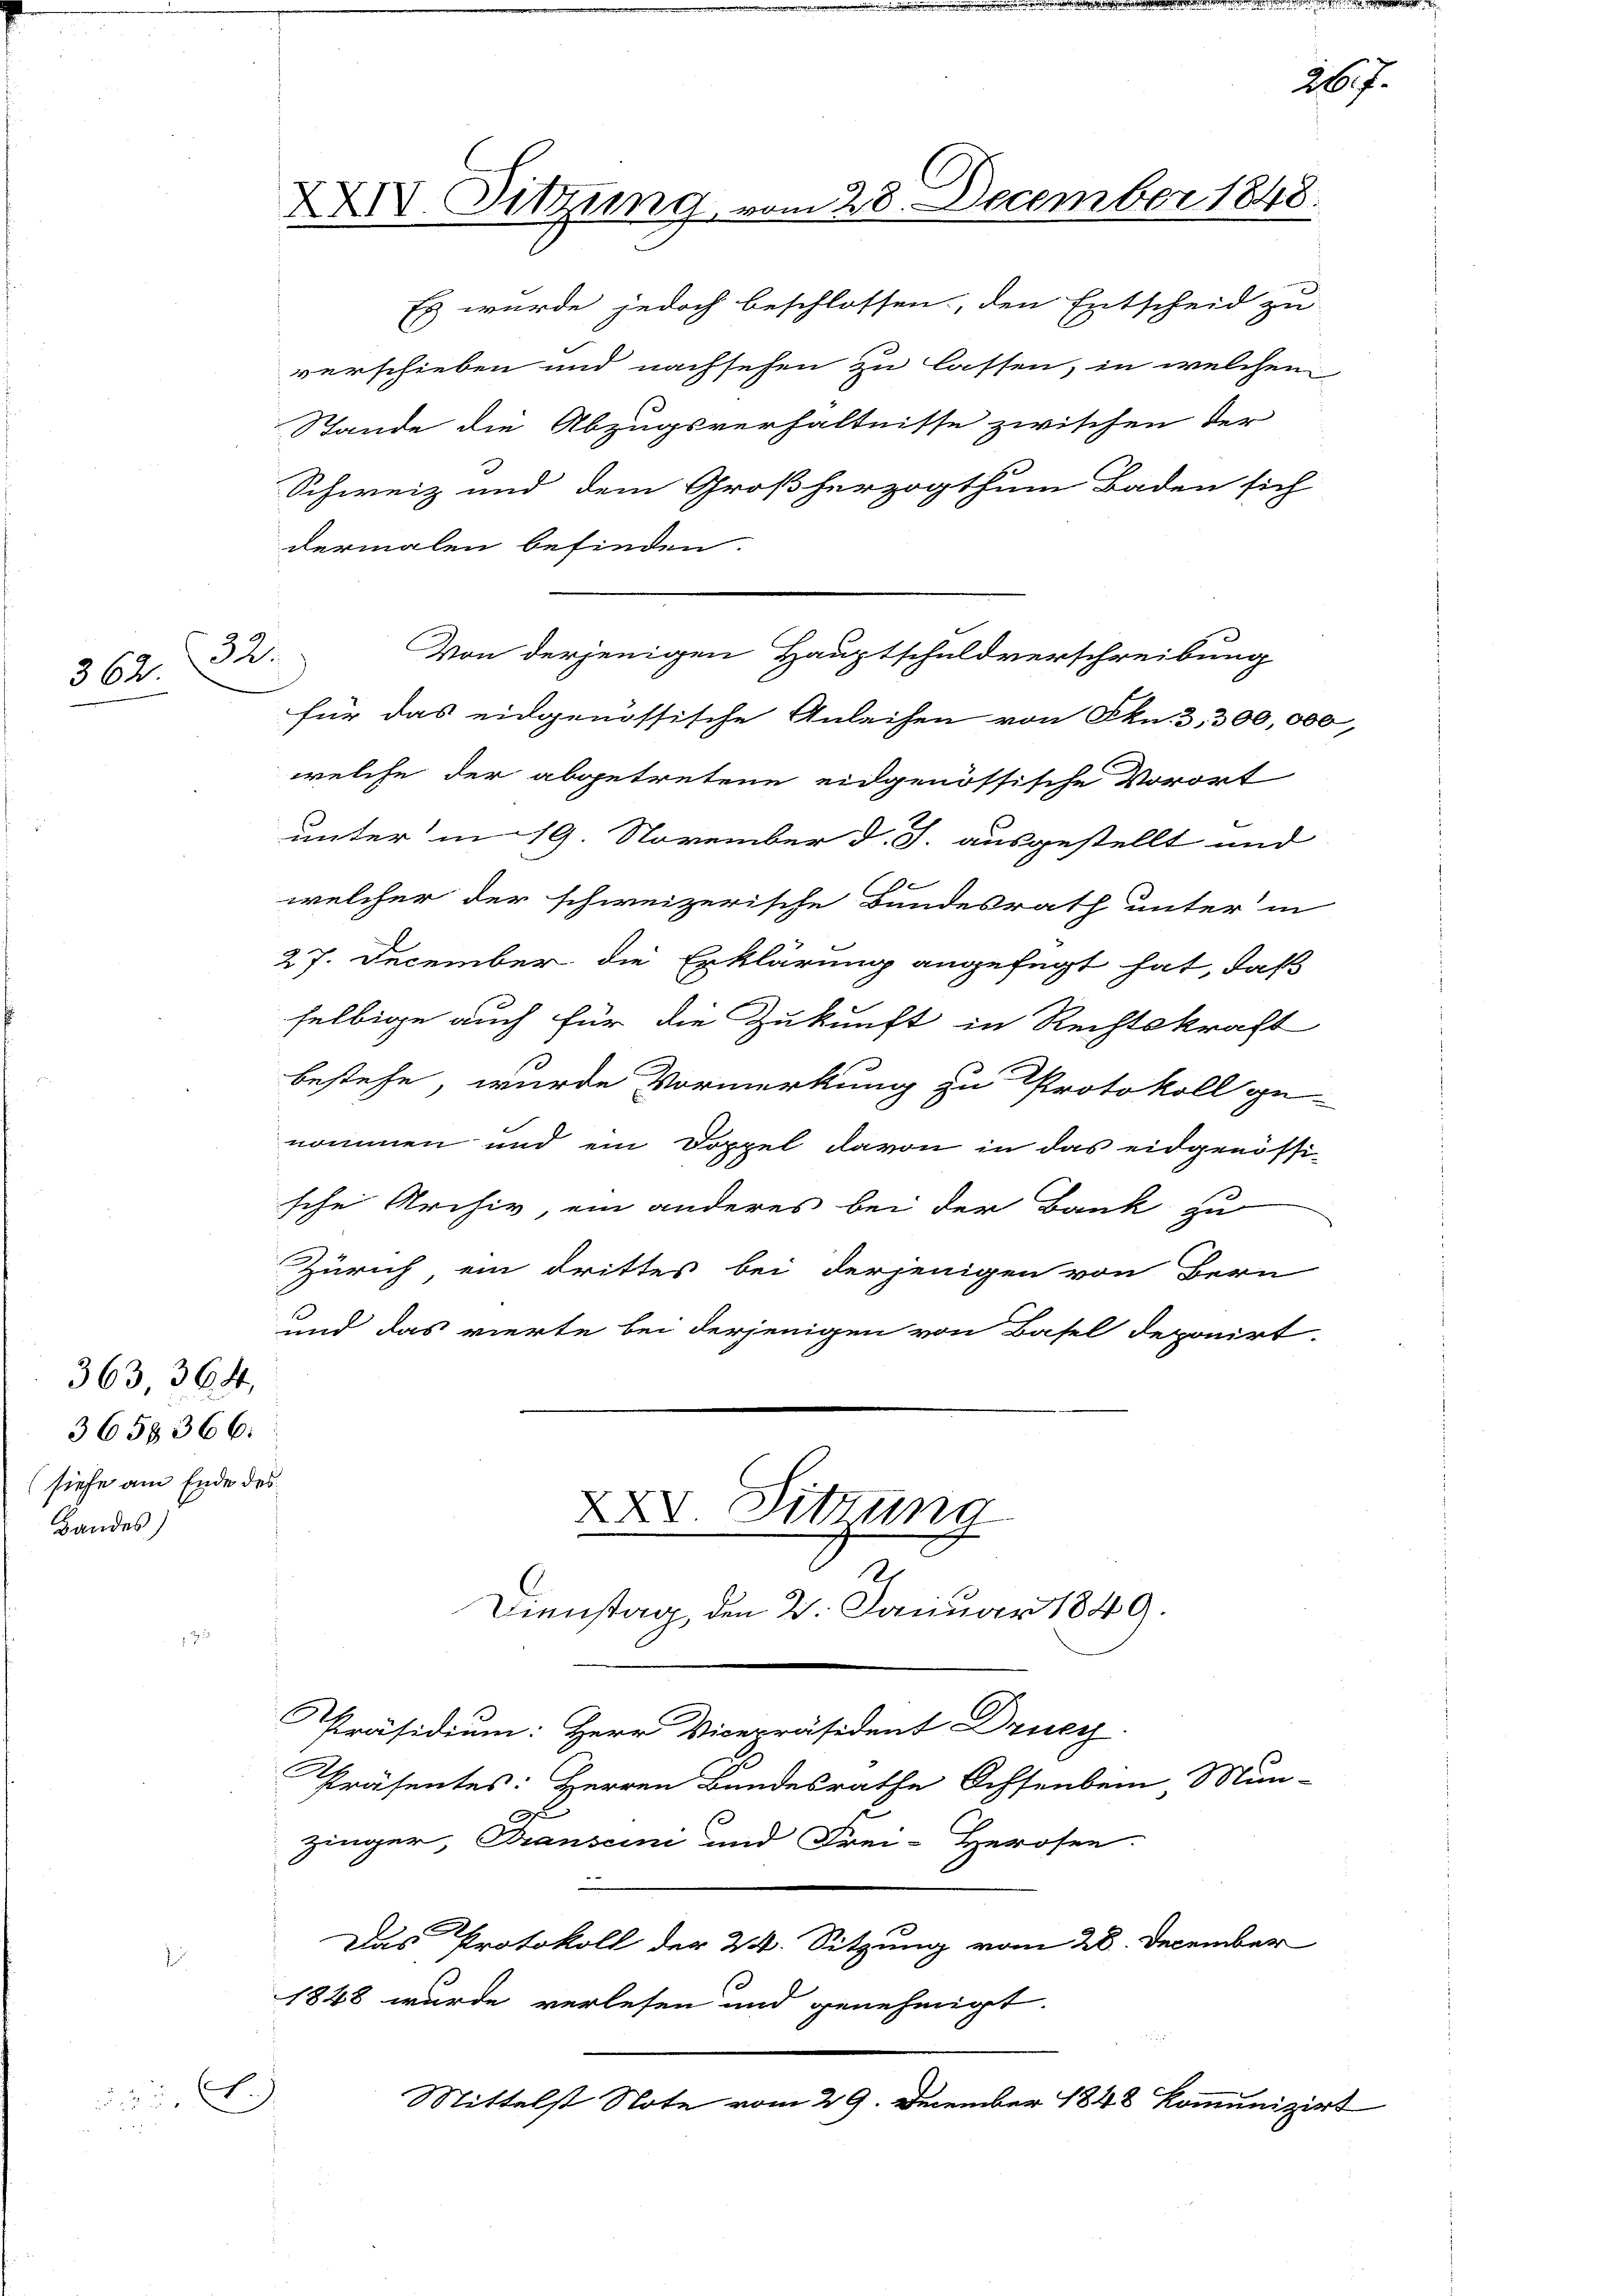
362.

32.

363 364,
3658366:
(siehe am Ende des
Landes)

N. 7

XXIV. Sitzung vom 28. December 1848.

verschieben und nachsehen zu lassen, in welchen
Stande die Abzugsverhältnisse zwischen der
Schweiz und dem Großherzogthum Baden sich
dermalen befinden.
für das eidgenössische Anleihen von Skn. 3. 300,00
welche der abgetretene eidgenössische Vorort
unter in 19. November d. J. ausgestellt und
welcher der schweizerische Bundesrath unter in
27. December die Erklärung angefügt hat, daß
selbige auch für die Zukunft in Rechtskraft
bestehe, wurde Vormerkung zu Protokoll ge-
nommen und ein Doppel davon in das eidgenössi-
sche Archiv, ein anderes bei der Bank zu
Zürich, ein drittes bei derjenigen von Bern
und das vierte bei derjenigen von Basel deponirt.
XXV. Sitzung
2
Dienstag, den 2. Januar 1849.
Präsidium: Herr Vicepräsident Drucy.
Präsentes: Herren Bundesrathe Ochsenbein Mun-
Zinger, Transcini und Frei-Herosen.
Das Protokoll der 24. Sitzung vom 28. December

1848 wurde verlesen und genehmigt.

Mittelst Note vom 29. December 1848 kommunizirt

Von derjenigen Hauptschuldverschreibung

Entscheid zu

267.

2